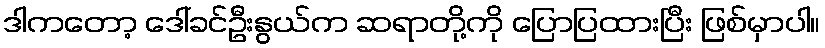
ဒါကတော့ ဒေါ်ခင်ဦးနွယ်က ဆရာတို့ကို ပြောပြထားပြီး ဖြစ်မှာပါ။